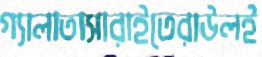
গ্যালাতাসারাইতেরাউলই